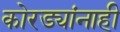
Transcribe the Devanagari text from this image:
कोरड्यांनाही